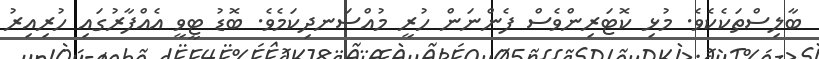
ބާލިސްތަކެކެވެ. މުޅި ކޮޓަރިންވެސް ފެންނަން ހުރީ މުއްސަނދިކަމެވެ. ބޮޑު ޓީވީ އެއްފާރުގައި ހުރިއިރު